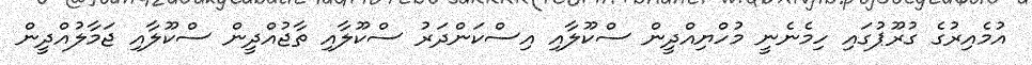
އުމެއިރުގެ ގުރޫޕުގައި ހިމެނެނީ މުހްޔިއްދީން ސްކޫލާއި އިސްކަންދަރު ސްކޫލާއި ތާޖުއްދީން ސްކޫލާއި ޖަމާލުއްދީން